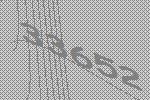
33652